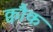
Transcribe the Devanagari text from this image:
क्वौक